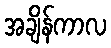
အချိန်ကာလ